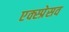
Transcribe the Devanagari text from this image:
एक्स्प्रेसव